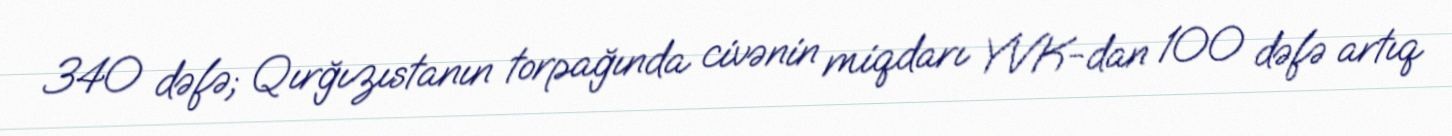
340 dəfə; Qırğızıstanın torpağında civənin miqdarı YVK-dan 100 dəfə artıq